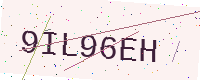
Text: 9IL96EH